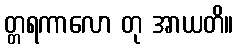
တ္တရကာလော တု အာယတိ။